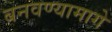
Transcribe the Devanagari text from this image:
बनवण्यामागे